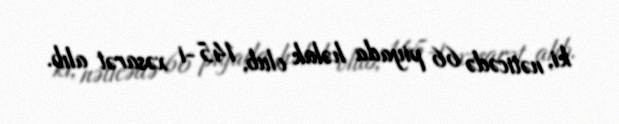
ki, nəticədə 66 piyada həlak olub, 145-i xəsarət alıb.